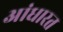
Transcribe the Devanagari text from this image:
आंधारत